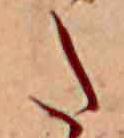
た